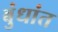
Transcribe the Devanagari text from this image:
बुंधांत